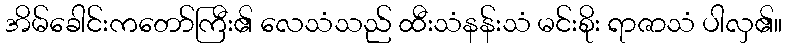
အိမ်ခေါင်းကတော်ကြီး၏ လေသံသည် ထီးသံနန်းသံ မင်းစိုး ရာဇာသံ ပါလှ၏။